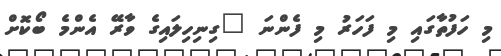
މި ހަފުތާގައި މި ފަހަރު މި ފެންނަ "ގިނިހިލައިގެ ވާރޭ އެންމެ ބޯކޮށް